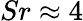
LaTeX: Sr\approx 4